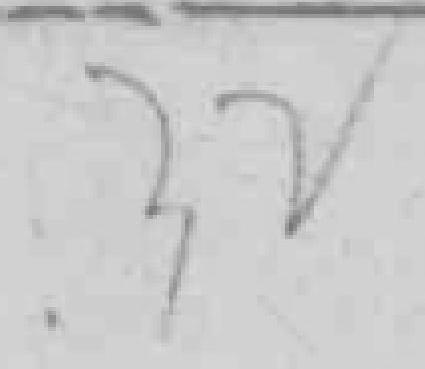
32